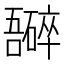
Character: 𫬮